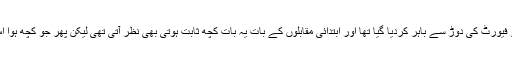
ایونٹ کے آغاز سے قبل ہی پاکستان کو فیورٹ کی دوڑ سے باہر کردیا گیا تھا اور ابتدائی مقابلوں کے بات یہ بات کچھ ثابت ہوتی بھی نظر آتی تھی لیکن پھر جو کچھ ہوا اس پر دنیائے کرکٹ آج تک حیران ہے۔